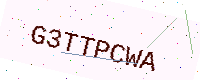
Text: G3TTPCWA